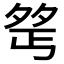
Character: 𪤺